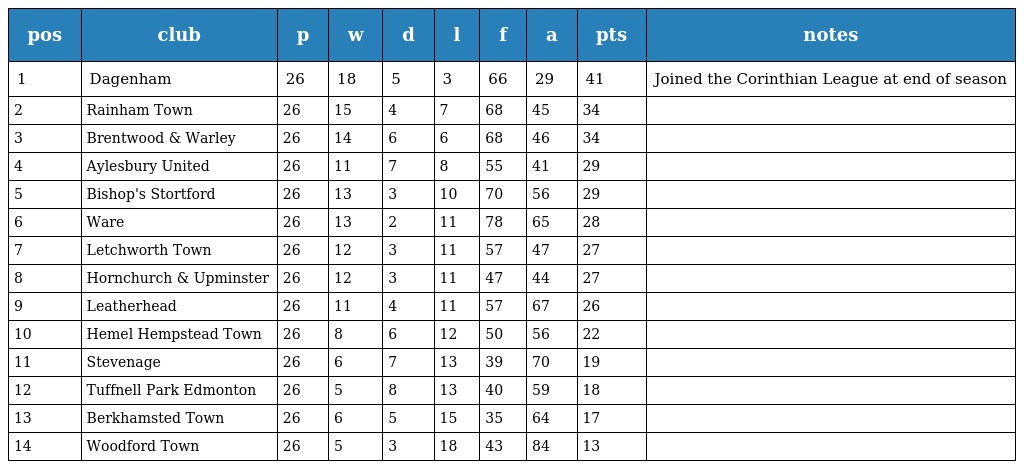
| pos | club | p | w | d | l | f | a | pts | notes |
 | --- | --- | --- | --- | --- | --- | --- | --- | --- | --- |
 | 1 | Dagenham | 26 | 18 | 5 | 3 | 66 | 29 | 41 | Joined the Corinthian League at end of season |
 | 2 | Rainham Town | 26 | 15 | 4 | 7 | 68 | 45 | 34 |  |
 | 3 | Brentwood & Warley | 26 | 14 | 6 | 6 | 68 | 46 | 34 |  |
 | 4 | Aylesbury United | 26 | 11 | 7 | 8 | 55 | 41 | 29 |  |
 | 5 | Bishop's Stortford | 26 | 13 | 3 | 10 | 70 | 56 | 29 |  |
 | 6 | Ware | 26 | 13 | 2 | 11 | 78 | 65 | 28 |  |
 | 7 | Letchworth Town | 26 | 12 | 3 | 11 | 57 | 47 | 27 |  |
 | 8 | Hornchurch & Upminster | 26 | 12 | 3 | 11 | 47 | 44 | 27 |  |
 | 9 | Leatherhead | 26 | 11 | 4 | 11 | 57 | 67 | 26 |  |
 | 10 | Hemel Hempstead Town | 26 | 8 | 6 | 12 | 50 | 56 | 22 |  |
 | 11 | Stevenage | 26 | 6 | 7 | 13 | 39 | 70 | 19 |  |
 | 12 | Tuffnell Park Edmonton | 26 | 5 | 8 | 13 | 40 | 59 | 18 |  |
 | 13 | Berkhamsted Town | 26 | 6 | 5 | 15 | 35 | 64 | 17 |  |
 | 14 | Woodford Town | 26 | 5 | 3 | 18 | 43 | 84 | 13 |  |